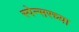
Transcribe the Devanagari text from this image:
स्पेन्सरच्या